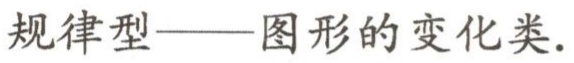
规律型——图形的变化类.